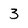
Character: 3